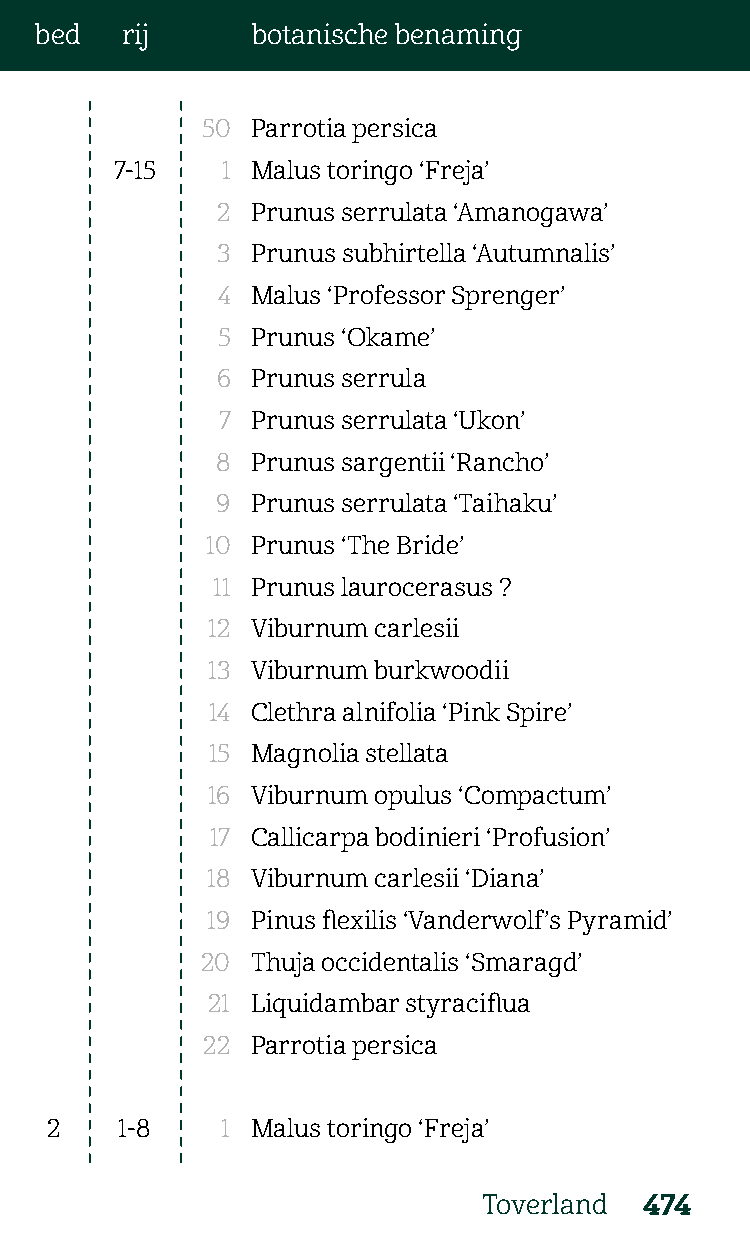
bed   rij      botanische benaming
 50  Parrotia persica
 7-15   1 Malus toringo ‘Freja’
 2  Prunus serrulata ‘Amanogawa’
 3  Prunus subhirtella ‘Autumnalis’
 4  Malus ‘Professor Sprenger’
 5  Prunus ‘Okame’
 6  Prunus serrula
 7  Prunus serrulata ‘Ukon’
 8  Prunus sargentii ‘Rancho’
 9  Prunus serrulata ‘Taihaku’
 10 Prunus ‘The Bride’
 11 Prunus laurocerasus ?
 12 Viburnum carlesii
 13 Viburnum burkwoodii
 14 Clethra alnifolia ‘Pink Spire’
 15 Magnolia stellata
 16 Viburnum opulus ‘Compactum’
 17 Callicarpa bodinieri ‘Profusion’
 18 Viburnum carlesii ‘Diana’
 19 Pinus flexilis ‘Vanderwolf’s Pyramid’
 20  Thuja occidentalis ‘Smaragd’
 21 Liquidambar styraciflua
 22  Parrotia persica
 2    1-8    1 Malus toringo ‘Freja’
 Toverland  474